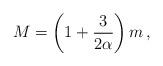
LaTeX: \begin{align*}M = \left( 1 + \frac{3}{2\alpha} \right) m \, ,\end{align*}